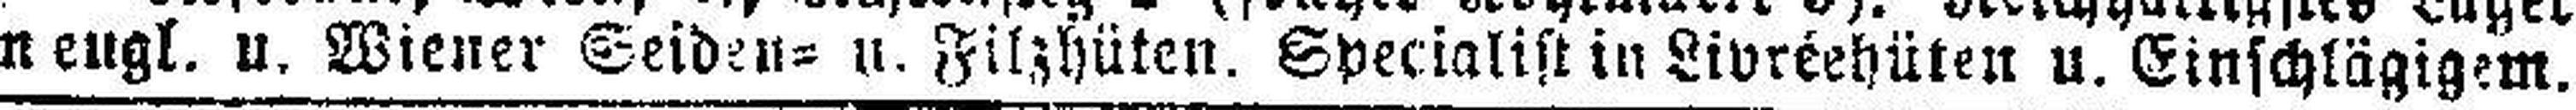
in engl. u. Wiener Seiden= u. Filzhüten. Specialist in Livréehüten u. Einschlägigem.